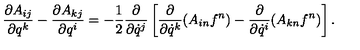
\frac { \partial A _ { i j } } { \partial q ^ { k } } - \frac { \partial A _ { k j } } { \partial q ^ { i } } = - \frac { 1 } { 2 } \frac { \partial } { \partial \dot { q } ^ { j } } \left[ \frac { \partial } { \partial \dot { q } ^ { k } } ( A _ { i n } f ^ { n } ) - \frac { \partial } { \partial \dot { q } ^ { i } } ( A _ { k n } f ^ { n } ) \right] .